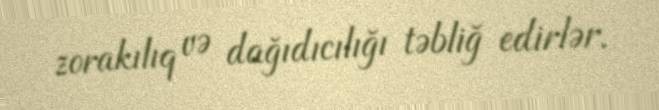
zorakılıq və dağıdıcılığı təbliğ edirlər.